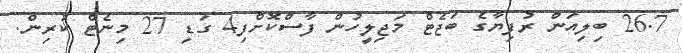
26.7 ބިލިއަން ރުފިޔާގެ ބަޖެޓް މަޖިލީހުން ފާސްކޮށްފި4 ގަޑި 27 މިނެޓް ކުރިން.